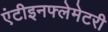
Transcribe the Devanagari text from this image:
एंटीइनफ्लेमेटरी